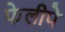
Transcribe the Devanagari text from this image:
फेलीपे